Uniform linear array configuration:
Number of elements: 8
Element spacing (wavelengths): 0.5
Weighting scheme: hamming
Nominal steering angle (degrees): -45
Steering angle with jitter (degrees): -46.408
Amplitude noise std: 0.05
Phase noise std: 0.05

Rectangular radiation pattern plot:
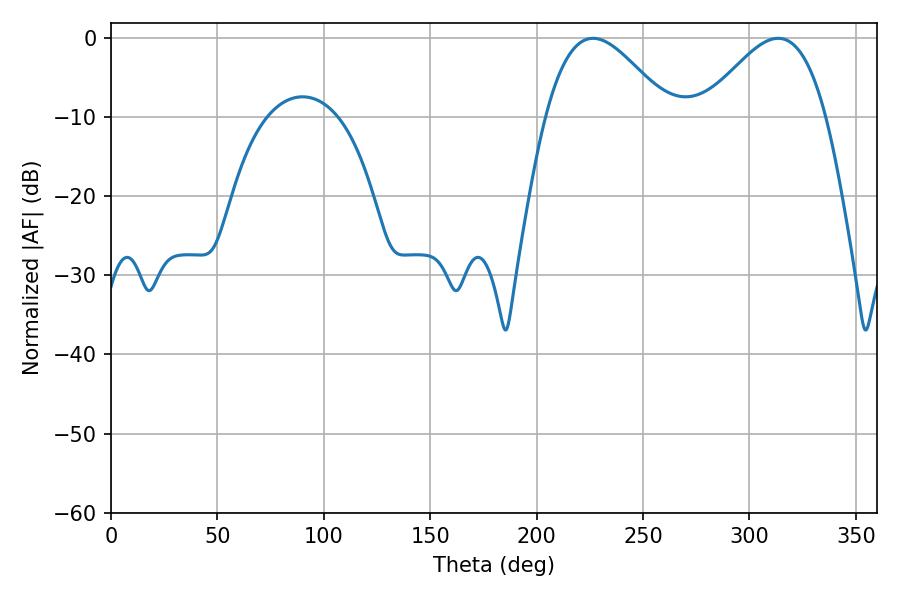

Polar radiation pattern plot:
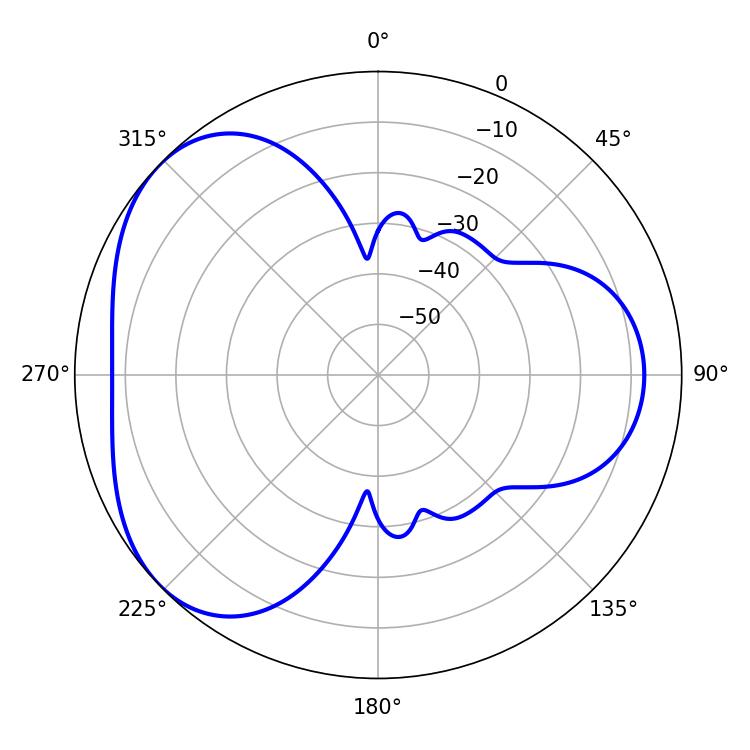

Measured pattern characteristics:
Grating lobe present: FALSE
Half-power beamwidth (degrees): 31.14
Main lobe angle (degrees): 226.44